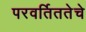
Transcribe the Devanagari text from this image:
परवर्तिततेचे